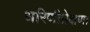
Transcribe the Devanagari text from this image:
धरिणीप्रेक्षणा